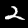
Label: 2